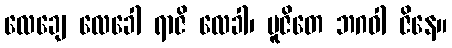
လေချေ လေခေါ ရာဇိ လေခါ၊ ပူဇိတေ ဘဂဝါ ဇိနေ။